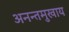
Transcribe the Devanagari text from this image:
अनन्तमुखाय